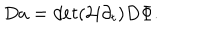
LaTeX: D a = d e t ( 2 i \partial _ { t } ) D \Phi .